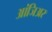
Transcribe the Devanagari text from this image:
आंजिअर